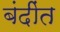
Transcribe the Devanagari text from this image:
बंदींत